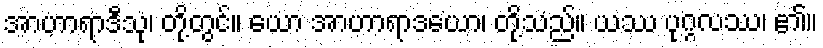
အာဟာရာဒီသု၊ တို့တွင်။ ယော အာဟာရာဒယော၊ တို့သည်။ ယဿ ပုဂ္ဂလဿ၊ ၏။